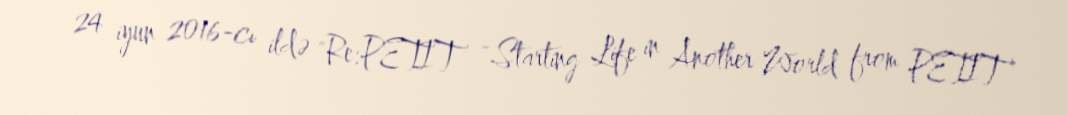
24 iyun 2016-cı ildə "Re:PETIT ~Starting Life in Another World from PETIT~"